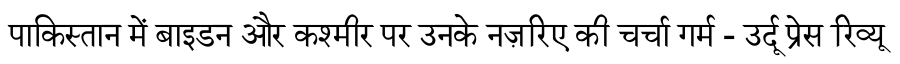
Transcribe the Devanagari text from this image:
पाकिस्तान में बाइडन और कश्मीर पर उनके नज़रिए की चर्चा गर्म - उर्दू प्रेस रिव्यू